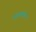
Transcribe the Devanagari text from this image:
सहचार्यता